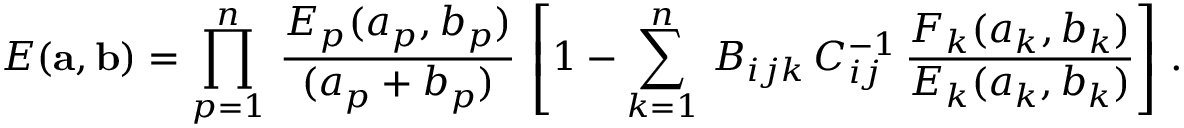
E ( { \bf a } , { \bf b } ) = \prod _ { p = 1 } ^ { n } \, { \frac { E _ { p } ( a _ { p } , b _ { p } ) } { ( a _ { p } + b _ { p } ) } } \, \left[ 1 - \sum _ { k = 1 } ^ { n } \, B _ { i j k } \, C _ { i j } ^ { - 1 } \, { \frac { F _ { k } ( a _ { k } , b _ { k } ) } { E _ { k } ( a _ { k } , b _ { k } ) } } \right] \, .